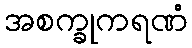
အစက္ခုကရဏံ